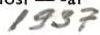
1937